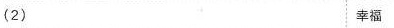
（ 2 ） 幸福